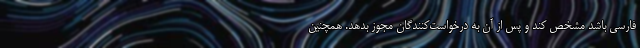
فارسی باشد مشخص کند و پس از آن به درخواست‌کنندگان مجوز بدهد. همچنین